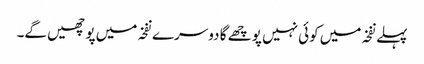
پہلے نفخہ میں کوئی نہیں پوچھے گا دوسرے نفخہ میں پوچھیں گے۔